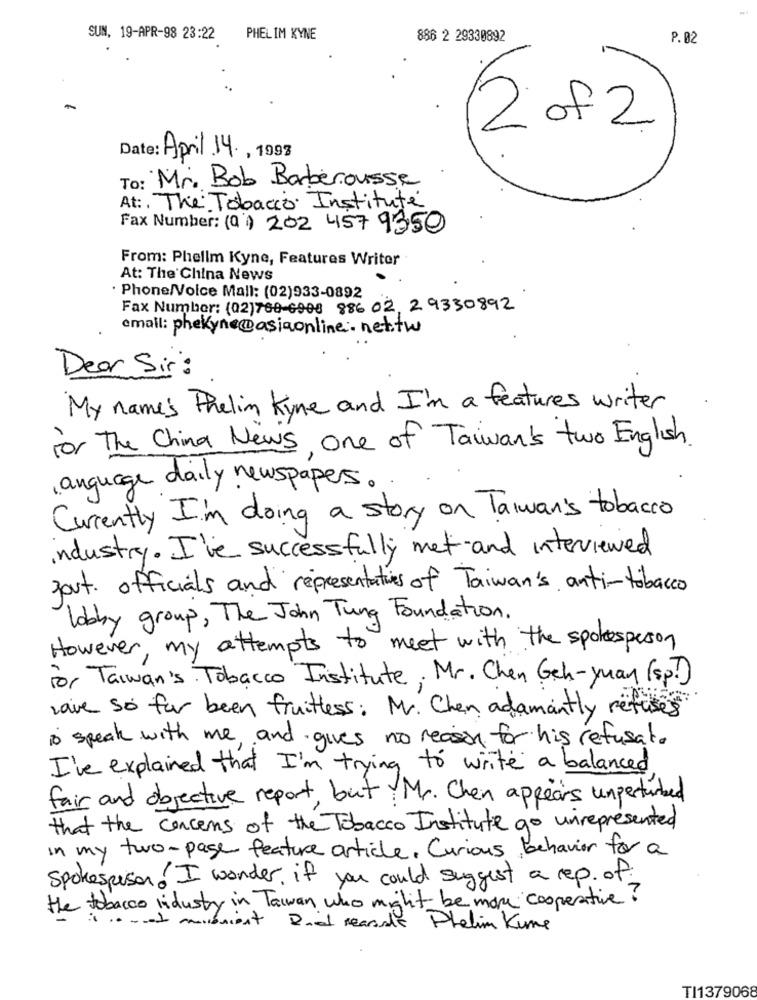
SUN, 19-APR-98 23:22
PHELIM KYNE
886 2 29330892
P. 02
2 of 2
Date: April 14 ., 1998
To: Mr. Bob Barberousse
At :. The Tobacco Institute
Fax Number: (0) 202 457 9350
From: Phellm Kyne, Features Writer
At: The China News
· Phone/Voice Mall: (02)933-0892
Fax Number: (02)768-6908 886 02, 29330892
email: phekyne@asiaonline.net.tw
Dear Sir :
My name's Phelin Kyne and I'm a features writer
for The China News, one of Taiwan's two English
, anguage daily newspapers.
Currently I'm doing a story on Taiwan's tobacco
industry. I've successfully met-and interviewed
fout. officials and representatives of Taiwan's anti-tobacco
lobby group , The John Tung Foundation .
However, my attempts to meet with the spokesperson
For Taiwan's Tobacco Institute, Mr. Chen Geh-yuan (sp.)
waive so far been fruitless: Mr. Chen adamantly refuses
is speak with me, and gives no reason for his refusal.
I've explained that I'm trying to write a balanced
fair and objective report, but Mr. Chen appears unperturbed
that the concerns of the Tobacco Institute go unrepresented
in my two-page feature article. Curious, behavior for a
Spokesperson. I wonder if you could suggest a rep. of
the tobacco industry in Taiwan who might be more cooperative?
1. - t musnient Die reasale Phelim Kune
TI1379068